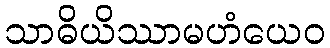
သာဓိယိဿာမဟံယေဝ